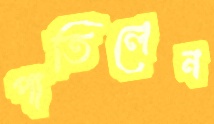
পাতিলেন